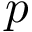
p